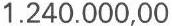
1.240.000,00